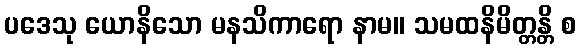
ပဒေသု ယောနိသော မနသိကာရော နာမ။ သမထနိမိတ္တန္တိ စ